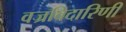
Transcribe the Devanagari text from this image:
वज्रविदारिणी